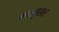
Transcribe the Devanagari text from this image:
फलानुसार